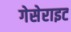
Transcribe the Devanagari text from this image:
गेसेराइट